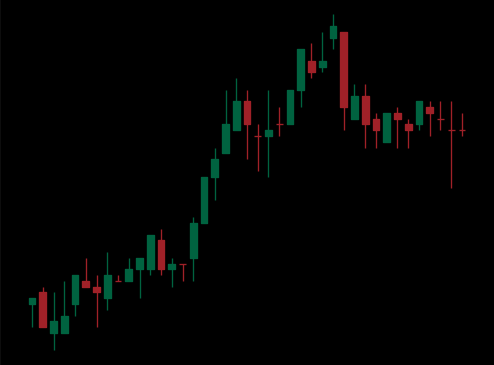
Pattern: bear_flag